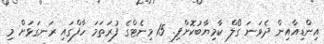
އިންޑިއާއިން ދެވަނަ ގޯލް ކާމިޔާބުކޮށްފި. 15 މިނެޓްގެ ފުރަތަމަ ހާފްގައި ރަނގަޅަށް މި